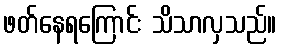
ဖတ်နေရကြောင်း သိသာလှသည်။